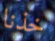
خذنا